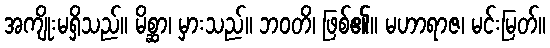
အကျိုးမရှိသည်။ မိစ္ဆာ၊ မှားသည်။ ဘဝတိ၊ ဖြစ်၏။ မဟာရာဇ၊ မင်းမြတ်။